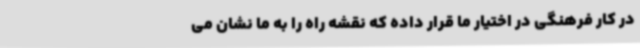
در کار فرهنگی در اختیار ما قرار داده که نقشه راه را به ما نشان می